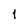
Character: 1